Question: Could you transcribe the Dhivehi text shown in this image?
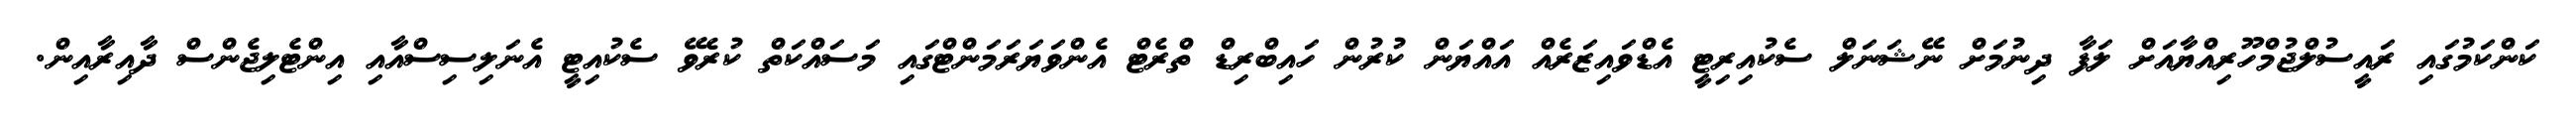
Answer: ކަންކަމުގައި ރައީސުލްޖުމްހޫރިއްޔާއަށް ލަފާ ދިނުމަށް ނޭޝަނަލް ސެކުއިރިޓީ އެޑްވައިޒަރެއް އައްޔަން ކުރުން ހައިބްރިޑް ތްރެޓް އެންވަޔަރަމަންޓްގައި މަސައްކަތް ކުރެވޭ ސެކުއިޓީ އެނަލިސިސްއާއި އިންޓެލިޖެންސް ދާއިރާއިން.